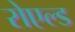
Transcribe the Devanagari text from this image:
रोएल्ड